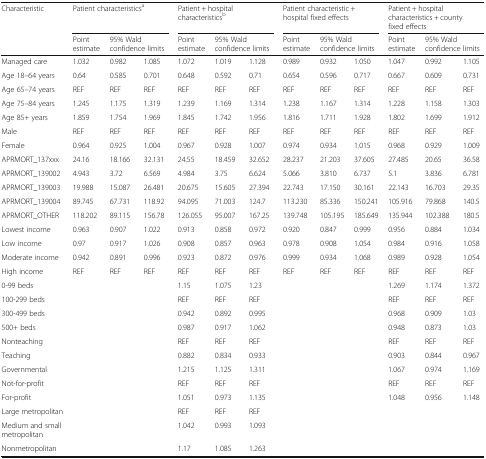
<table><thead><tr><td rowspan="2"><b>Characteristic</b></td><td colspan="3"><b>Patient characteristics<sup>a</sup></b></td><td colspan="3"><b>Patient + hospital characteristics<sup>b</sup></b></td><td colspan="3"><b>Patient characteristic + hospital fixed effects</b></td><td colspan="3"><b>Patient + hospital characteristics + county fixed effects</b></td></tr><tr><td><b>Point estimate</b></td><td colspan="2"><b>95% Wald confidence limits</b></td><td><b>Point estimate</b></td><td colspan="2"><b>95% Wald confidence limits</b></td><td><b>Point estimate</b></td><td colspan="2"><b>95% Wald confidence limits</b></td><td><b>Point estimate</b></td><td colspan="2"><b>95% Wald confidence limits</b></td></tr></thead><tbody><tr><td>Managed care</td><td>1.032</td><td>0.982</td><td>1.085</td><td>1.072</td><td>1.019</td><td>1.128</td><td>0.989</td><td>0.932</td><td>1.050</td><td>1.047</td><td>0.992</td><td>1.105</td></tr><tr><td>Age 18–64 years</td><td>0.64</td><td>0.585</td><td>0.701</td><td>0.648</td><td>0.592</td><td>0.71</td><td>0.654</td><td>0.596</td><td>0.717</td><td>0.667</td><td>0.609</td><td>0.731</td></tr><tr><td>Age 65–74 years</td><td>REF</td><td>REF</td><td>REF</td><td>REF</td><td>REF</td><td>REF</td><td>REF</td><td>REF</td><td>REF</td><td>REF</td><td>REF</td><td>REF</td></tr><tr><td>Age 75–84 years</td><td>1.245</td><td>1.175</td><td>1.319</td><td>1.239</td><td>1.169</td><td>1.314</td><td>1.238</td><td>1.167</td><td>1.314</td><td>1.228</td><td>1.158</td><td>1.303</td></tr><tr><td>Age 85+ years</td><td>1.859</td><td>1.754</td><td>1.969</td><td>1.845</td><td>1.742</td><td>1.956</td><td>1.816</td><td>1.711</td><td>1.928</td><td>1.802</td><td>1.699</td><td>1.912</td></tr><tr><td>Male</td><td>REF</td><td>REF</td><td>REF</td><td>REF</td><td>REF</td><td>REF</td><td>REF</td><td>REF</td><td>REF</td><td>REF</td><td>REF</td><td>REF</td></tr><tr><td>Female</td><td>0.964</td><td>0.925</td><td>1.004</td><td>0.967</td><td>0.928</td><td>1.007</td><td>0.974</td><td>0.934</td><td>1.015</td><td>0.968</td><td>0.929</td><td>1.009</td></tr><tr><td>APRMORT_137xxx</td><td>24.16</td><td>18.166</td><td>32.131</td><td>24.55</td><td>18.459</td><td>32.652</td><td>28.237</td><td>21.203</td><td>37.605</td><td>27.485</td><td>20.65</td><td>36.58</td></tr><tr><td>APRMORT_139002</td><td>4.943</td><td>3.72</td><td>6.569</td><td>4.984</td><td>3.75</td><td>6.624</td><td>5.066</td><td>3.810</td><td>6.737</td><td>5.1</td><td>3.836</td><td>6.781</td></tr><tr><td>APRMORT_139003</td><td>19.988</td><td>15.087</td><td>26.481</td><td>20.675</td><td>15.605</td><td>27.394</td><td>22.743</td><td>17.150</td><td>30.161</td><td>22.143</td><td>16.703</td><td>29.35</td></tr><tr><td>APRMORT_139004</td><td>89.745</td><td>67.731</td><td>118.92</td><td>94.095</td><td>71.003</td><td>124.7</td><td>113.230</td><td>85.336</td><td>150.241</td><td>105.916</td><td>79.868</td><td>140.5</td></tr><tr><td>APRMORT_OTHER</td><td>118.202</td><td>89.115</td><td>156.78</td><td>126.055</td><td>95.007</td><td>167.25</td><td>139.748</td><td>105.195</td><td>185.649</td><td>135.944</td><td>102.388</td><td>180.5</td></tr><tr><td>Lowest income</td><td>0.963</td><td>0.907</td><td>1.022</td><td>0.913</td><td>0.858</td><td>0.972</td><td>0.920</td><td>0.847</td><td>0.999</td><td>0.956</td><td>0.884</td><td>1.034</td></tr><tr><td>Low income</td><td>0.97</td><td>0.917</td><td>1.026</td><td>0.908</td><td>0.857</td><td>0.963</td><td>0.978</td><td>0.908</td><td>1.054</td><td>0.984</td><td>0.916</td><td>1.058</td></tr><tr><td>Moderate income</td><td>0.942</td><td>0.891</td><td>0.996</td><td>0.923</td><td>0.872</td><td>0.976</td><td>0.999</td><td>0.934</td><td>1.068</td><td>0.989</td><td>0.928</td><td>1.054</td></tr><tr><td>High income</td><td>REF</td><td>REF</td><td>REF</td><td>REF</td><td>REF</td><td>REF</td><td>REF</td><td>REF</td><td>REF</td><td>REF</td><td>REF</td><td>REF</td></tr><tr><td>0-99 beds</td><td></td><td></td><td></td><td>1.15</td><td>1.075</td><td>1.23</td><td></td><td></td><td></td><td>1.269</td><td>1.174</td><td>1.372</td></tr><tr><td>100-299 beds</td><td></td><td></td><td></td><td>REF</td><td>REF</td><td>REF</td><td></td><td></td><td></td><td>REF</td><td>REF</td><td>REF</td></tr><tr><td>300-499 beds</td><td></td><td></td><td></td><td>0.942</td><td>0.892</td><td>0.995</td><td></td><td></td><td></td><td>0.968</td><td>0.909</td><td>1.03</td></tr><tr><td>500+ beds</td><td></td><td></td><td></td><td>0.987</td><td>0.917</td><td>1.062</td><td></td><td></td><td></td><td>0.948</td><td>0.873</td><td>1.03</td></tr><tr><td>Nonteaching</td><td></td><td></td><td></td><td>REF</td><td>REF</td><td>REF</td><td></td><td></td><td></td><td>REF</td><td>REF</td><td>REF</td></tr><tr><td>Teaching</td><td></td><td></td><td></td><td>0.882</td><td>0.834</td><td>0.933</td><td></td><td></td><td></td><td>0.903</td><td>0.844</td><td>0.967</td></tr><tr><td>Governmental</td><td></td><td></td><td></td><td>1.215</td><td>1.125</td><td>1.311</td><td></td><td></td><td></td><td>1.067</td><td>0.974</td><td>1.169</td></tr><tr><td>Not-for-profit</td><td></td><td></td><td></td><td>REF</td><td>REF</td><td>REF</td><td></td><td></td><td></td><td>REF</td><td>REF</td><td>REF</td></tr><tr><td>For-profit</td><td></td><td></td><td></td><td>1.051</td><td>0.973</td><td>1.135</td><td></td><td></td><td></td><td>1.048</td><td>0.956</td><td>1.148</td></tr><tr><td>Large metropolitan</td><td></td><td></td><td></td><td>REF</td><td>REF</td><td>REF</td><td></td><td></td><td></td><td></td><td></td><td></td></tr><tr><td>Medium and small metropolitan</td><td></td><td></td><td></td><td>1.042</td><td>0.993</td><td>1.093</td><td></td><td></td><td></td><td></td><td></td><td></td></tr><tr><td>Nonmetropolitan</td><td></td><td></td><td></td><td>1.17</td><td>1.085</td><td>1.263</td><td></td><td></td><td></td><td></td><td></td><td></td></tr></tbody></table>